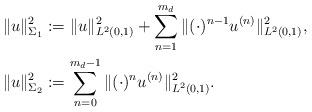
LaTeX: \begin{align*}& \| u \|^2_{\Sigma_1} := \| u \|^2_{L^2(0,1)} + \sum_{n=1}^{m_d} \| (\cdot)^{n-1} u^{(n)} \|^2_{L^2(0,1)}, \\&\| u \|^2_{\Sigma_2} := \sum_{n=0}^{m_d-1} \| (\cdot)^{n} u^{(n)} \|^2_{L^2(0,1)}.\end{align*}